Annual statistical returns and brief notes on vaccination in Bengal - 1887-1898
Year: 1887
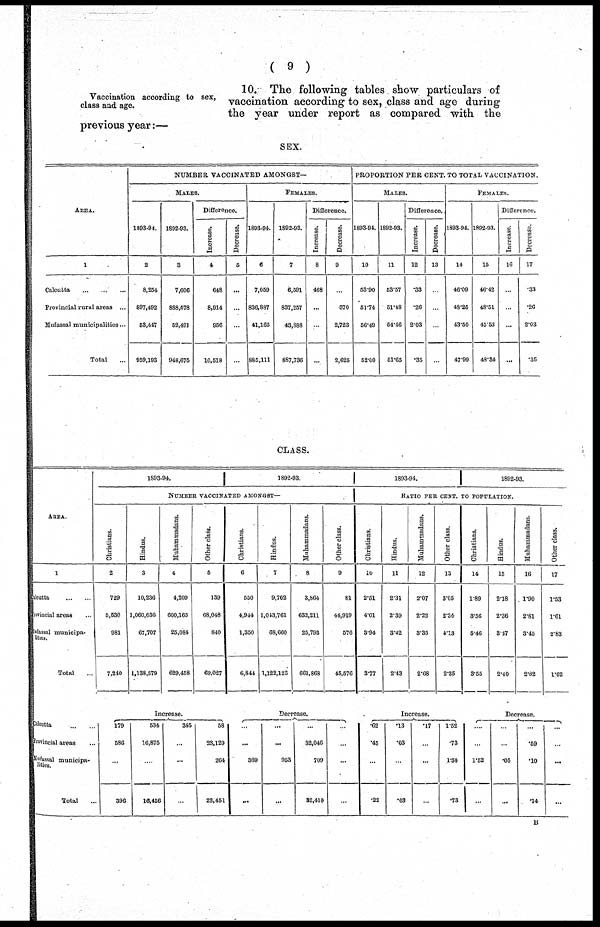
( 9 )
Vaccination according to sex,
class and age.
10. The following tables show particulars of
vaccination according to sex, class and age during
the year under report as compared with the
previous year:—
SEX.
AREA.
1
Calcutta ... ... ...
Provincial rural areas ...
Mufassal municipalities ...
Total ...
NUMBER VACCINATED AMONGST—
MALES.
1893-94.
2
8,254
897,492
53,447
959,193
1892-93.
3
7,606
888,578
52,491
948,675
Difference.
Increase.
4
648
8,914
956
10,518
Decrease.
5
...
...
...
...
FEMALES.
1893-94.
6
7,059
836,887
41,165
885,111
1892-93.
7
6,591
837,257
43,888
887,736
Difference.
Increase.
8
468
...
...
...
Decrease.
9
...
370
2,723
2,625
PROPORTION PER CENT. TO TOTAL VACCINATION.
MALES.
1893-94.
10
53.90
51.74
56.49
52.00
1892-93.
11
53.57
51.48
54.46
51.65
Difference.
Increase.
12
.33
.26
2.03
.35
Decrease.
13
...
...
...
...
FEMALES.
1893-94.
14
46.09
48.25
43.50
47.99
1892-93.
15
46.42
48.51
45.53
48.34
Difference.
Increase.
16
...
...
...
...
Decrease.
17
.33
.26
2.03
.35
CLASS.
AREA.
1
Calcutta
...
...
Provincial areas ...
Mufassal municipa-
lities.
Total ...
Calcutta ... ...
Provincial areas ...
Mufassal municipa-
lities.
Total ...
1893-94.
1892-93.
NUMBER VACCINATED AMONGST—
Christians.
2
729
5,530
981
7,240
Hindus.
3
10,236
1,060,636
67,707
1,138,579
Muhammadans.
4
4,209
600,165
25,084
629,458
Other class.
5
139
68,048
840
69,027
Increase.
179
586
...
396
534
16,875
...
16,456
345
...
...
...
58
23,129
264
23,451
Christians.
6
550
4,944
1,350
6,844
Hindus.
7
9,702
1,043,761
68,660
1,122,123
Muhammadans.
8
3,864
632,211
26,793
661,868
Other class.
9
81
44,919
576
45,576
Decrease.
...
...
369
...
...
...
953
...
...
32,046
709
32,410
...
...
...
1893-94.
1892-93.
RATIO PER CENT. TO POPULATION.
Christians.
10
2.51
4.01
3.94
3.77
Hindus.
11
2.31
2.39
3.42
2.43
Muhammadans.
12
2.07
2.22
3.35
2.68
Other class.
13
3.05
2.34
4.13
2.35
Increase.
.62
.45
...
.22
.13
.03
...
.03
.17
...
...
...
1.52
.73
1.30
.73
Christians.
14
1.89
3.56
5.46
3.55
Hindus.
15
2.18
2.36
3.47
2.40
Muhammadans.
16
1.90
2.81
3.45
2.82
Other class.
17
1.53
1.61
2.83
1.62
Decrease.
...
...
1.52
...
...
...
.05
...
...
.59
.10
.14
...
...
...
...
B